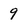
Character: 9